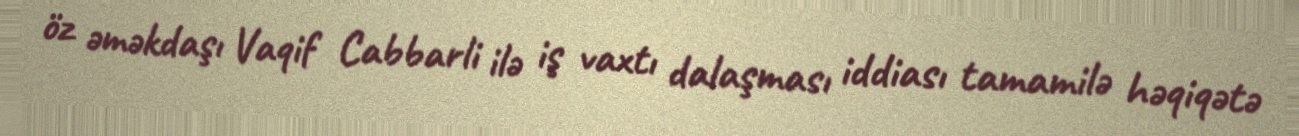
öz əməkdaşı Vaqif Cabbarli ilə iş vaxtı dalaşması iddiası tamamilə həqiqətə